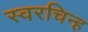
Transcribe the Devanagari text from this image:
स्वरचिन्ह